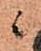
ニ